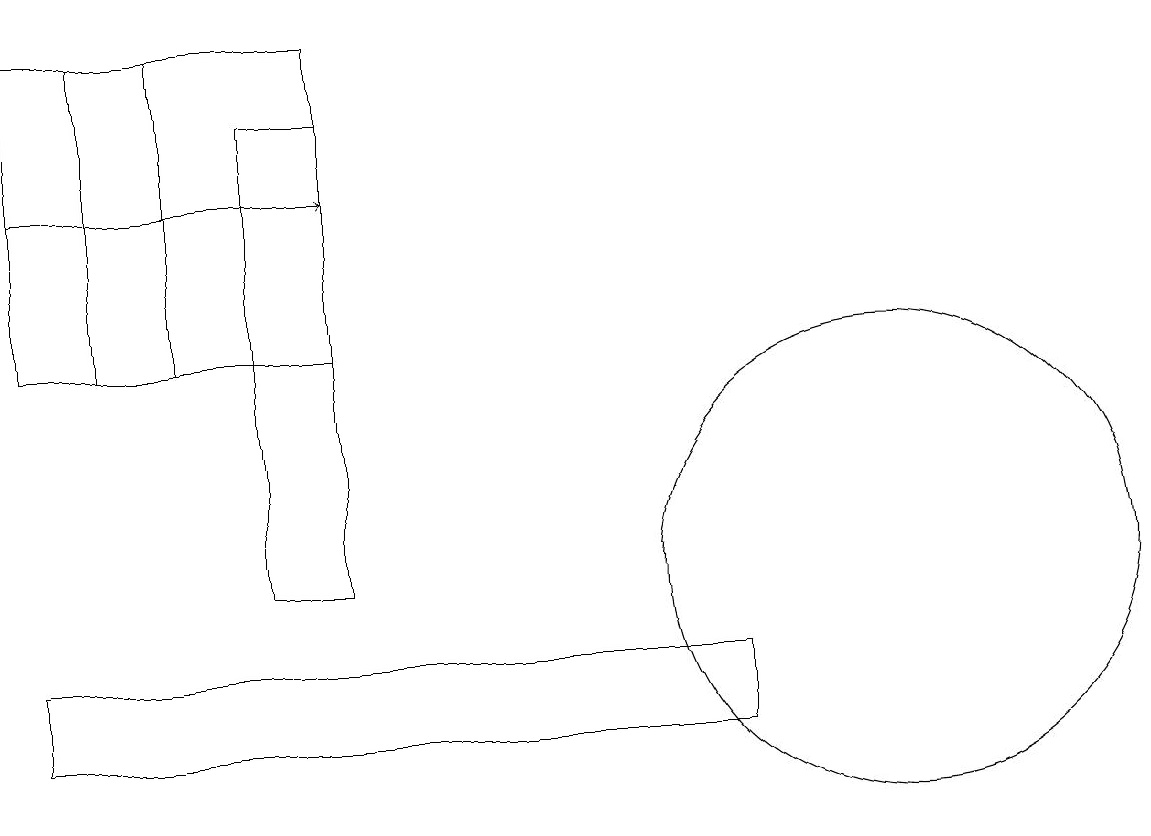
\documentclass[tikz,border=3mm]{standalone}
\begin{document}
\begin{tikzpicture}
\draw (0,15) rectangle (4,19);
\draw[->] (0,17) -- (4,17);
\draw (2,15) rectangle (1,19);
\draw (4,18) rectangle (3,12);
\draw (11,12) circle (3);
\draw (0,10) rectangle (9,11);
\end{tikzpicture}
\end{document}